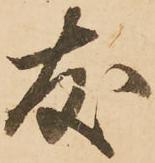
友